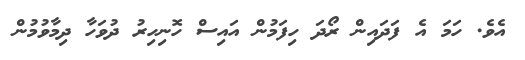
އެވެ. ހަމަ އެ ފަދައިން ރޯދަ ހިފަމުން އައިސް ހޮނިހިރު ދުވަހާ ދިމާވުމުން